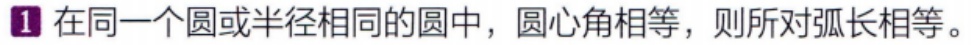
在同一个圆或半径相同的圆中，圆心角相等，则所对弧长相等。